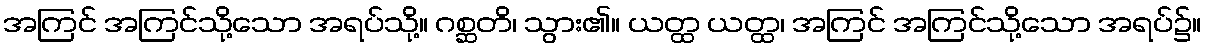
အကြင် အကြင်သို့သော အရပ်သို့။ ဂစ္ဆတိ၊ သွား၏။ ယတ္ထ ယတ္ထ၊ အကြင် အကြင်သို့သော အရပ်၌။